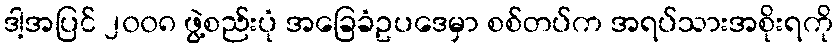
ဒါ့အပြင် ၂၀၀၈ ဖွဲ့စည်းပုံ အခြေခံဥပဒေမှာ စစ်တပ်က အရပ်သားအစိုးရကို